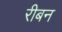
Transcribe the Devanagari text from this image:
रीबन